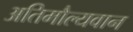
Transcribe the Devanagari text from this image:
अतिमौल्यवान